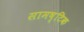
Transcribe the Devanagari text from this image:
सामष्टिक